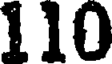
110